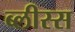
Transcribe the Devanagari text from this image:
ब्लीस्स